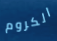
الكروم